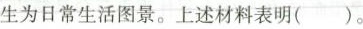
生为日常生活图景。上述材料表明()。